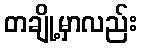
တချို့မှာလည်း